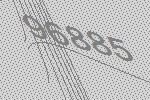
96885